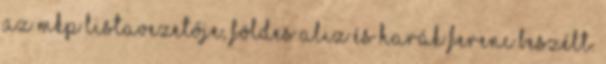
az MKP listavezetője, Földes Aliz és Harák Ferenc beszélt.